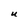
Character: U